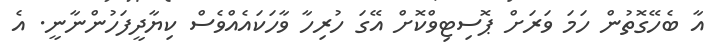
އާ ބެހޭގޮތުން ހަމަ ވަރަށް ޕޮސިޓިވްކޮށް އޭގަ ހުރިހާ ވާހަކައެއްވެސް ކިޔާދީފަހުންނާނީ. އެ